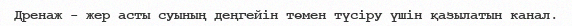
Дренаж - жер асты суының деңгейін төмен түсіру үшін қазылатын канал.